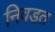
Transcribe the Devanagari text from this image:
निवडत